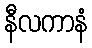
နီလကာနံ